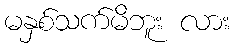
မနှစ်သက်မိဘူး လား